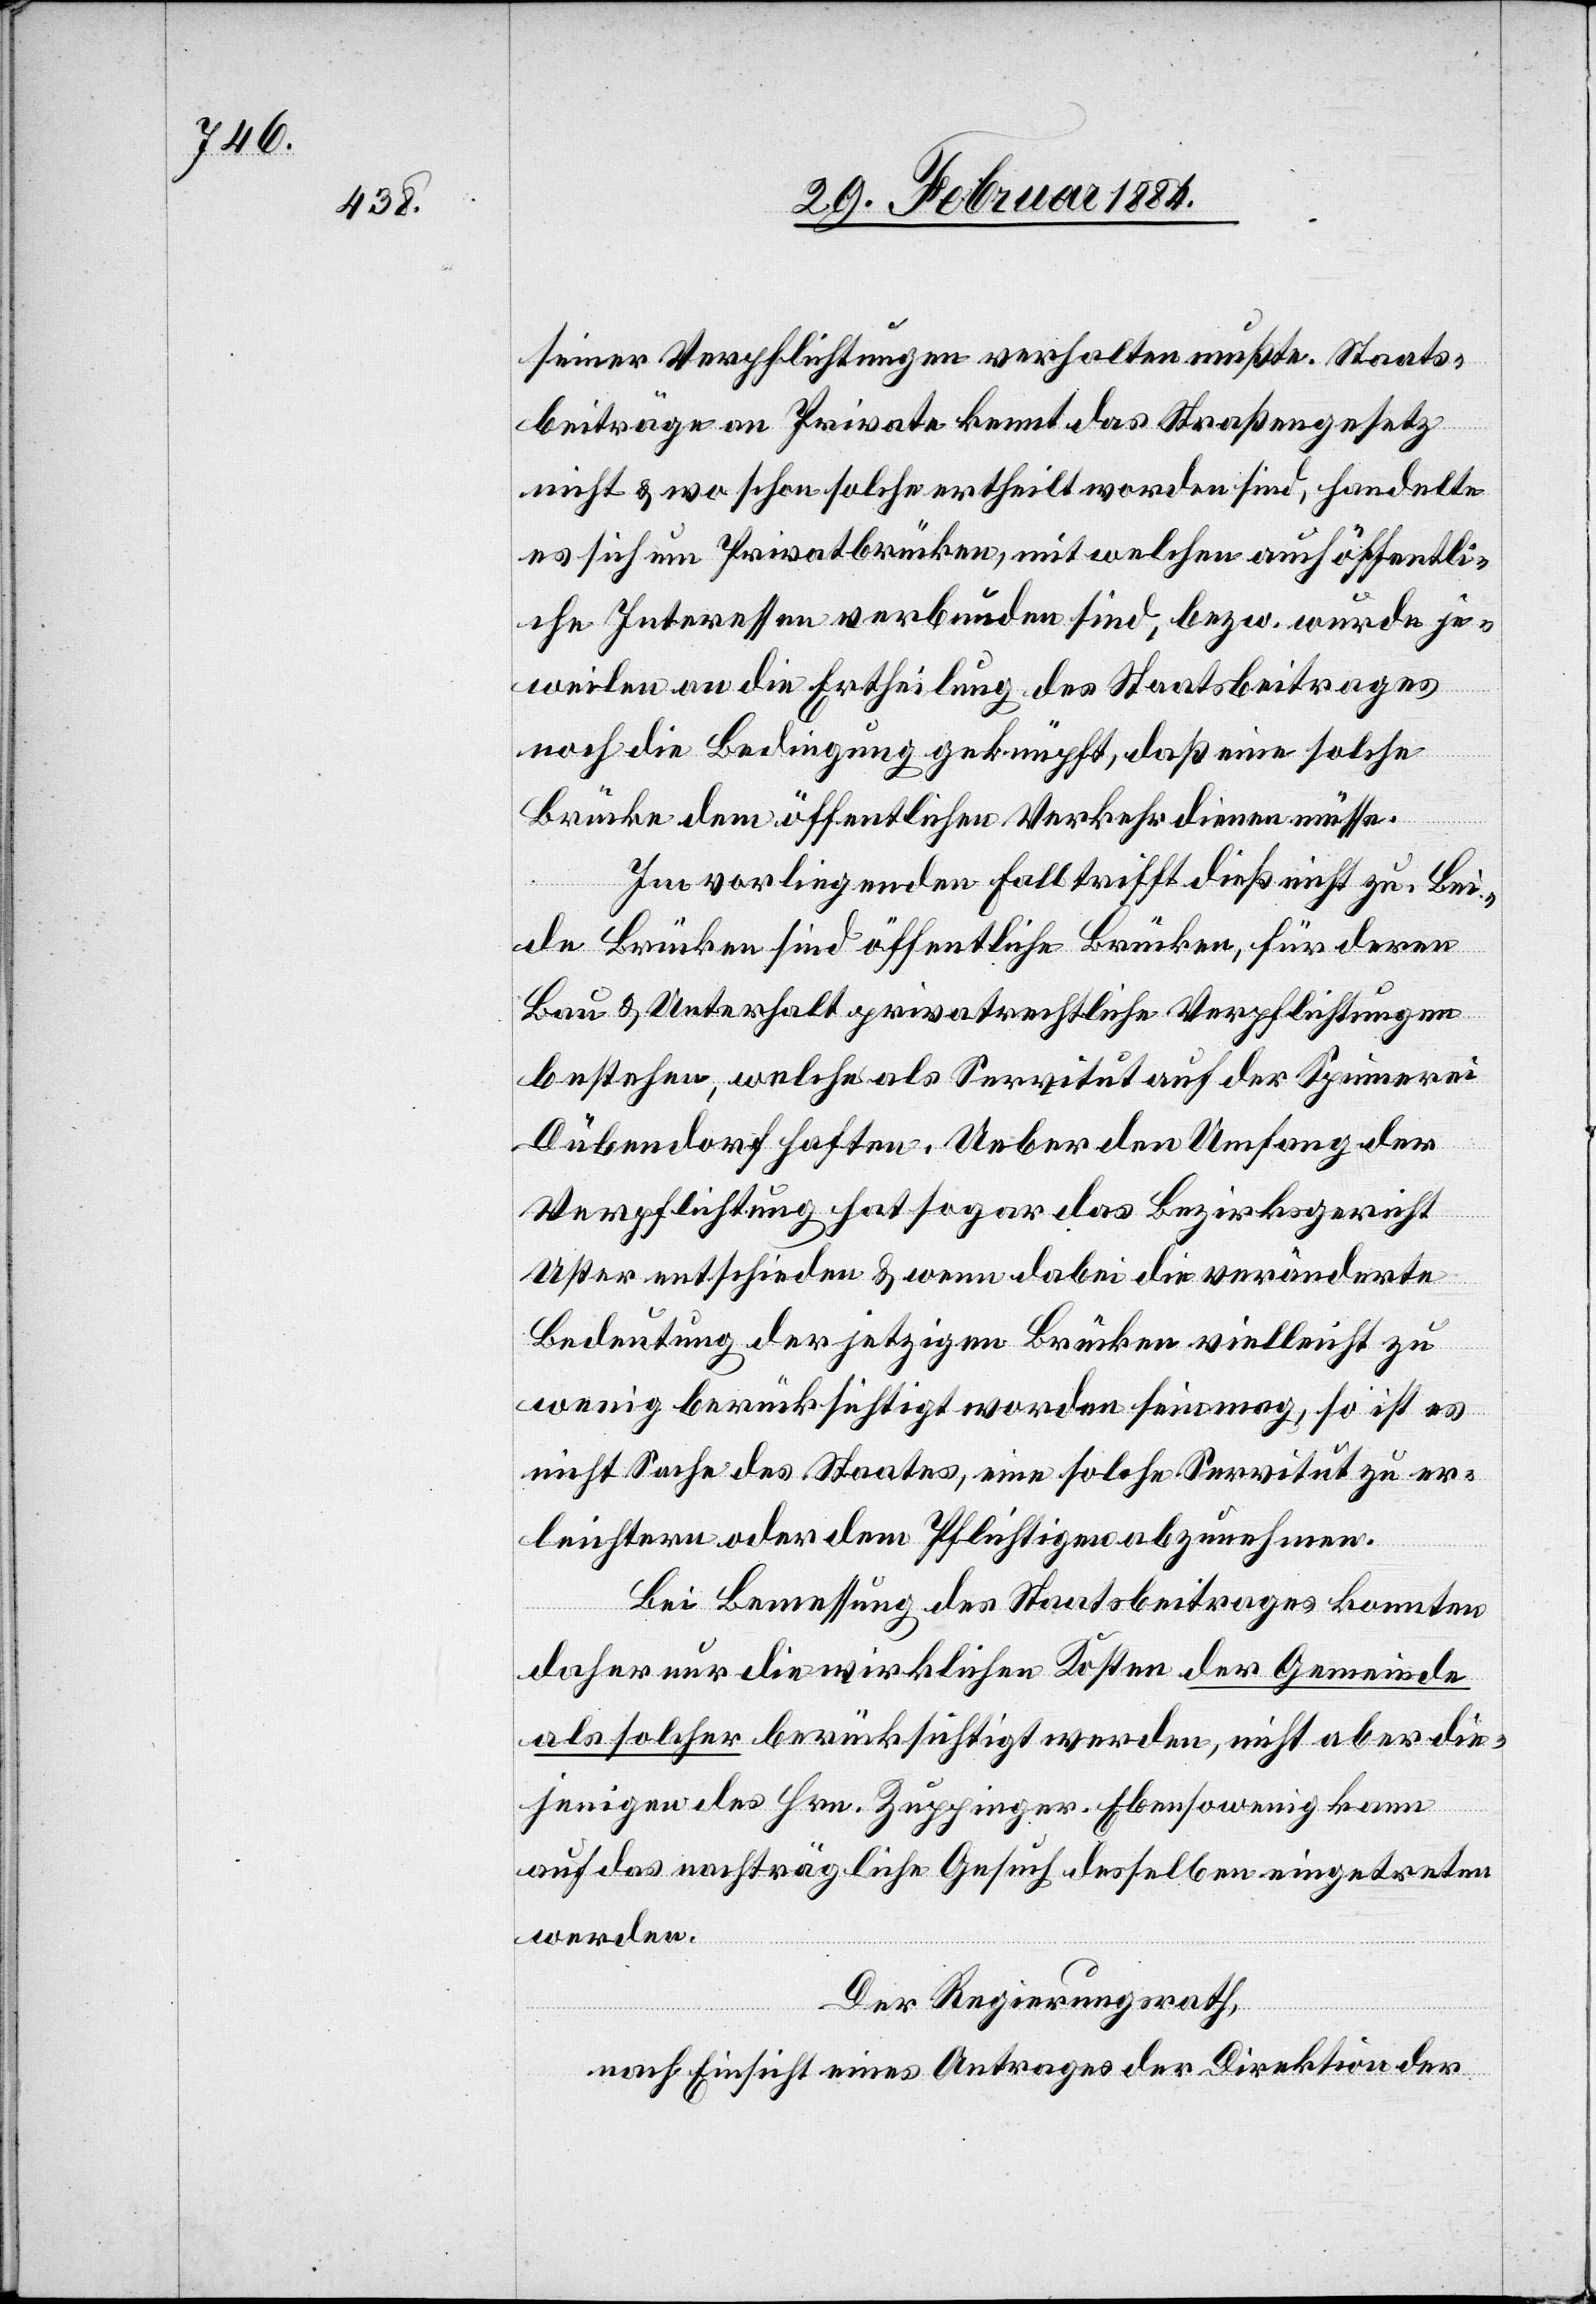
seiner Verpflichtungen verhalten mußte. Staats¬
beiträge an Private kennt das Straßengesetz
nicht & wo schon solche ertheilt worden sind, handelte
es sich um Privatbrücken, mit welchen auch öffentli¬
che Interessen verbunden sind, bzw. wurde je¬
weilen an die Ertheilung des Staatsbeitrages
noch die Bedingung geknüpft, daß eine solche
Brücke dem öffentlichen Verkehr dienen müsse.
Im vorliegenden Fall trifft dieß nicht zu. Bei¬
de Brücken sind öffentliche Brücken, für deren
Bau & Unterhalt privatrechtliche Verpflichtungen
bestehen, welche als Servitut auf der Spinnerei
Dübendorf haften. Ueber den Umfang der
Verpflichtungen hat sogar das Bezirksgericht
Uster entschieden & wenn dabei die veränderte
Bedeutung der jetzigen Brücken vielleicht zu
wenig berücksichtigt worden sein mag, so ist es
nicht Sache des Staates, eine solche Servitut zu er¬
leichtern oder dem Pflichtigen abzunehmen.
Bei Bemessung des Staatsbeitrages konnten
daher nur die wirklichen Kosten der Gemeinde
als solcher berücksichtigt werden, nicht aber die¬
jenigen des Hrn. Zuppinger. Ebensowenig kann
auf das nachträgliche Gesuch desselben eingetreten
werden.
Der Regierungsrath,
nach Einsicht eines Antrages der Direktion der